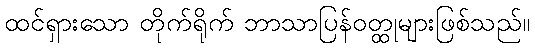
ထင်ရှားသော တိုက်ရိုက် ဘာသာပြန်ဝတ္ထုများဖြစ်သည်။